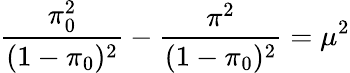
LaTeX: \frac{\pi_{0}^{2}}{(1-\pi_{0})^{2}}-\frac{\pi^{2}}{(1-\pi_{0})^{2}}=\mu^{2}